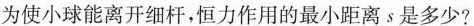
为使小球能离开细杆，恒力作用的最小距离s是多少?